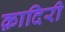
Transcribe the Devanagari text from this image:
क़ादिरी